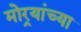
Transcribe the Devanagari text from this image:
मोर्‍यांच्या